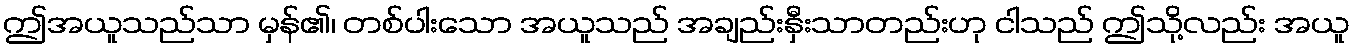
ဤအယူသည်သာ မှန်၏၊ တစ်ပါးသော အယူသည် အချည်းနှီးသာတည်းဟု ငါသည် ဤသို့လည်း အယူ